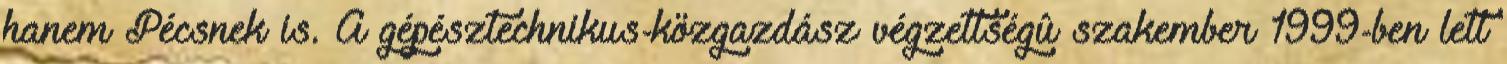
hanem Pécsnek is. A gépésztechnikus-közgazdász végzettségû szakember 1999-ben lett